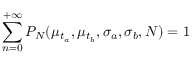
\sum _ { n = 0 } ^ { + \infty } P _ { N } ( \mu _ { t _ { a } } , \mu _ { t _ { b } } , \sigma _ { a } , \sigma _ { b } , N ) = 1